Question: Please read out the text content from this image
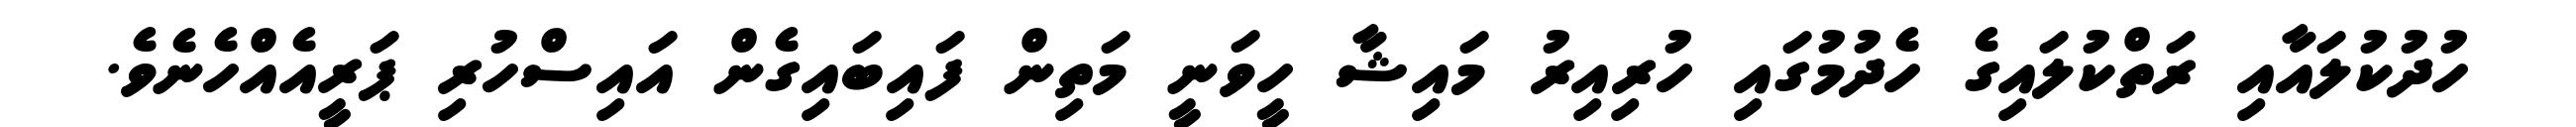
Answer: ހުދުކުލައާއި ރަތްކުލައިގެ ހެދުމުގައި ހުރިއިރު މައިޝާ ހީވަނީ މަތިން ފައިބައިގެން އައިސްހުރި ޕަރީއެއްހެނެވެ.